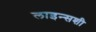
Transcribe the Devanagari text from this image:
लाइन्सशी